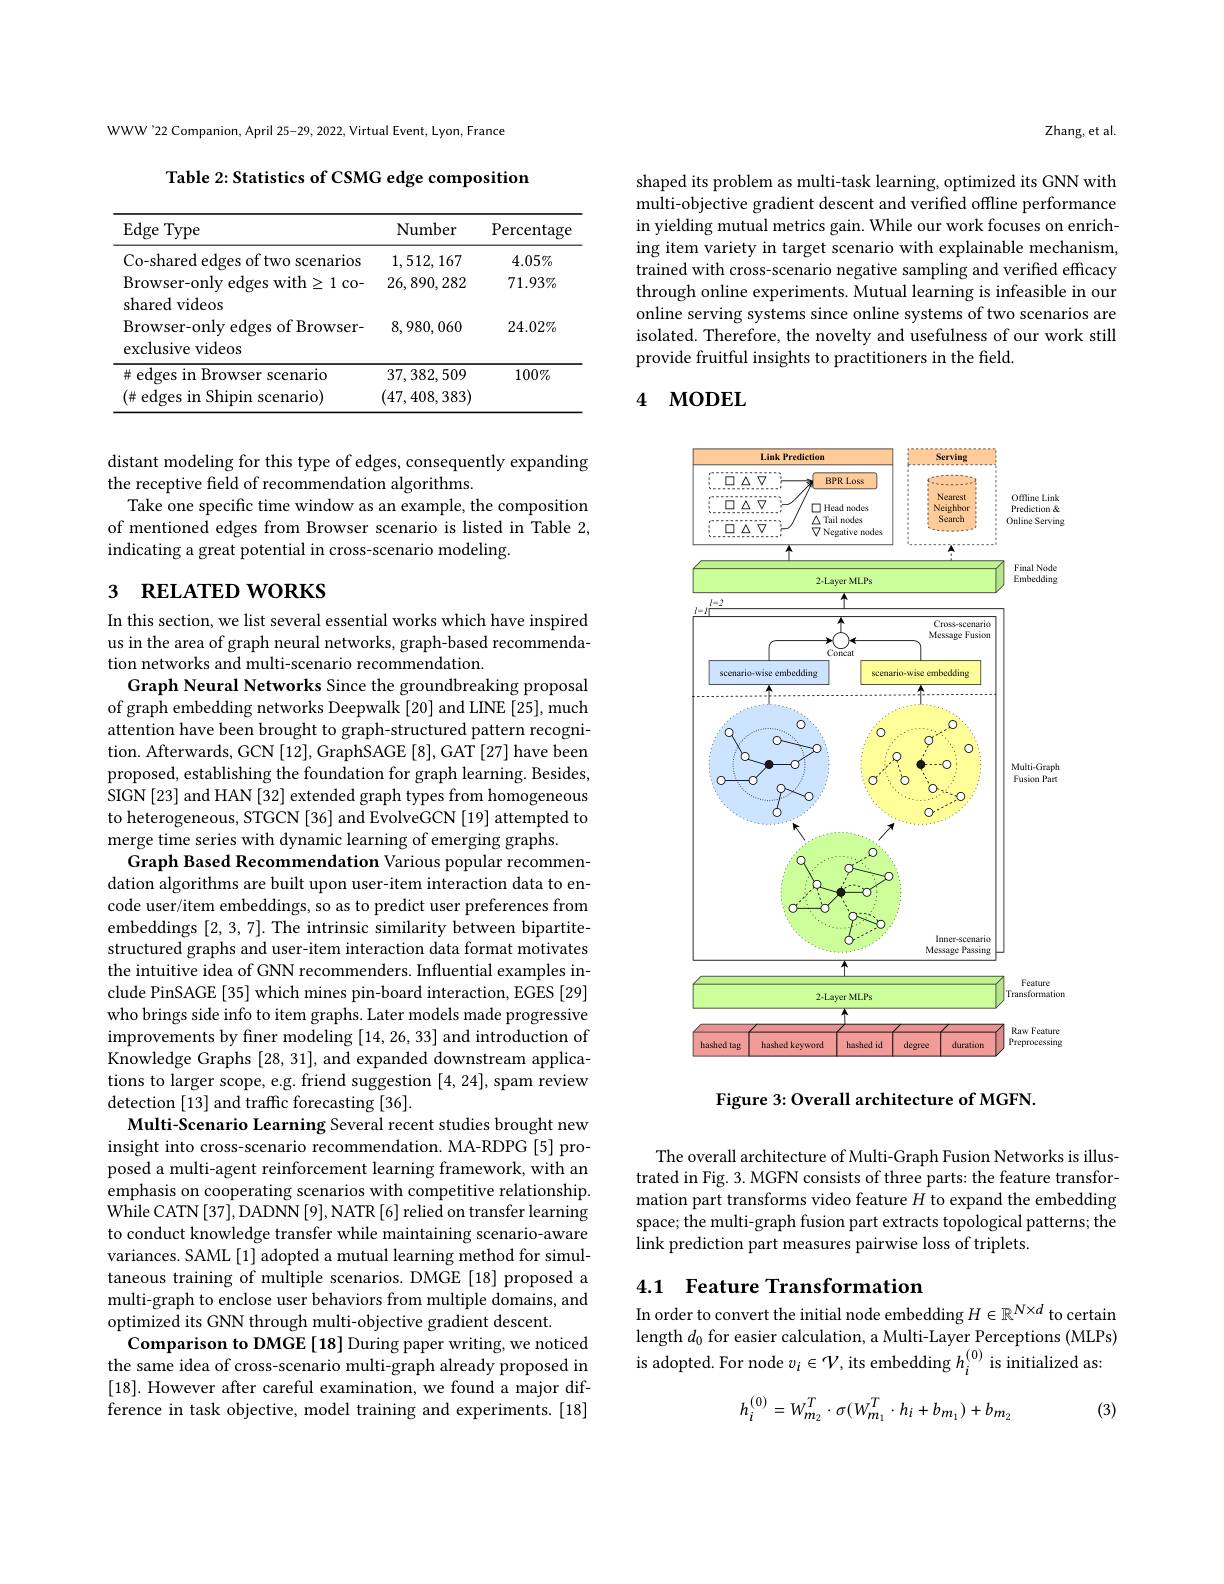
WWW'22 Companion, April 25-29, 2022, Virtual Event, Lyon, France

Table 2: Statistics of CSMG edge composition

<table>
	<tbody>
		<tr>
			<th>$\operatorname{Edge}$Type</th>
			<th>Number</th>
			<th>Percentage</th>
		</tr>
		<tr>
			<td>Co-shared edges of two scenarios</td>
			<td>1,512,167</td>
			<td>$4.05\%$</td>
		</tr>
		<tr>
			<td>Browser- only edges with$\geq$1 co- shared videos</td>
			<td>26, 890, 282</td>
			<td>$71.93\%$</td>
		</tr>
		<tr>
			<td>LLu I VIueos Browser-only edges of Browser- exclusive videos</td>
			<td>8,980,060</td>
			<td>$24.02\%$</td>
		</tr>
		<tr>
			<td>$\#$ edges in Browser scenario $(\#$ edges in Shipin scenario)</td>
			<td>37,382,509 (47,408,383)</td>
			<td>$100\%$</td>
		</tr>
		<tr>
			<td>$(\#$ edges in Shipin scenario)</td>
			<td>(47,408,383)</td>
			<td> </td>
		</tr>
	</tbody>
</table>

distant modeling for this type of edges, consequently expanding
the receptive field of recommendation algorithms.
Take one specific time window as an example, the composition of mentioned edges from Browser scenario is listed in Table 2, indicating a great potential in cross-scenario modeling.

## 3 RELATED WORKS

In this section, we list several essential works which have inspired us in the area of graph neural networks, graph-based recommendation networks and multi-scenario recommendation.
Graph Neural Networks Since the groundbreaking proposal of graph embedding networks Deepwalk [20] and LINE [25], much attention have been brought to graph-structured pattern recognition. Afterwards, GCN [12], GraphSAGE [8], GAT [27] have been proposed, establishing the foundation for graph learning. Besides, SIGN [23] and HAN [32] extended graph types from homogeneous to heterogeneous, STGCN [36] and EvolveGCN [19] attempted to merge time series with dynamic learning of emerging graphs
Graph Based Recommendation Various popular recommendation algorithms are built upon user-item interaction data to encode user/item embeddings, so as to predict user preferences from embeddings [2,3,7]. The intrinsic similarity between bipartitestructured graphs and user-item interaction data format motivates the intuitive idea of GNN recommenders. Influential examples include PinSAGE [35] which mines pin-board interaction, EGES [29] who brings side info to item graphs. Later models made progressive improvements by finer modeling [14,26,33] and introduction of Knowledge Graphs [28,31], and expanded downstream applications to larger scope, e.g. friend suggestion [4,24], spam review detection [13] and traffic forecasting [36].
Multi-Scenario Learning Several recent studies brought new insight into cross-scenario recommendation. MA-RDPG [5] proposed a multi-agent reinforcement learning framework, with an emphasis on cooperating scenarios with competitive relationship. While CATN [37], DADNN [9], NATR [6] relied on transfer learning to conduct knowledge transfer while maintaining scenario-aware variances. SAML[1] adopted a mutual learning method for simultaneous training of multiple scenarios. DMGE [18] proposed a multi-graph to enclose user behaviors from multiple domains, and optimized its GNN through multi-objective gradient descent.
Comparison to DMGE[18] During paper writing, we noticed the same idea of cross-scenario multi-graph already proposed in [18]. However after careful examination, we found a major difference in task objective, model training and experiments. [18]

Zhang, et al.

shaped its problem as multi-task learning, optimized its GNN with multi-objective gradient descent and verified offline performance in yielding mutual metrics gain. While our work focuses on enriching item variety in target scenario with explainable mechanism, trained with cross-scenario negative sampling and verified efficacy through online experiments. Mutual learning is infeasible in our online serving systems since online systems of two scenarios are isolated. Therefore, the novelty and usefulness of our work still provide fruitful insights to practitioners in the field.

## 4 моDEL

<FigureHere>

Figure 3: Overall architecture of MGFN.

The overall architecture of Multi-Graph Fusion Networks is illustrated in Fig. 3. MGFN consists of three parts: the feature transformation part transforms video feature $H$ to expand the embedding space; the multi-graph fusion part extracts topological patterns; the link prediction part measures pairwise loss of triplets.

## 4.1 Feature Transformation In order to convert the initial node embedding $H\in\mathbb{R}^N\times d$ to certain

length $d_0$ for easier calculation, a Multi-Layer Perceptions (MLPs) is adopted. For node $v_i\in\mathcal{V}$, its embedding $h_i^{(0)}$ is initialized as:
$$h_{i}^{(0)}=W_{m_{2}}^{T}\cdot\sigma(W_{m_{1}}^{T}\cdot h_{i}+b_{m_{1}})+b_{m_{2}}$$
(3)